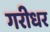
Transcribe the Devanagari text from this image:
गरीधर